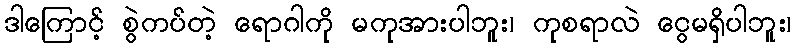
ဒါကြောင့် စွဲကပ်တဲ့ ရောဂါကို မကုအားပါဘူး၊ ကုစရာလဲ ငွေမရှိပါဘူး၊